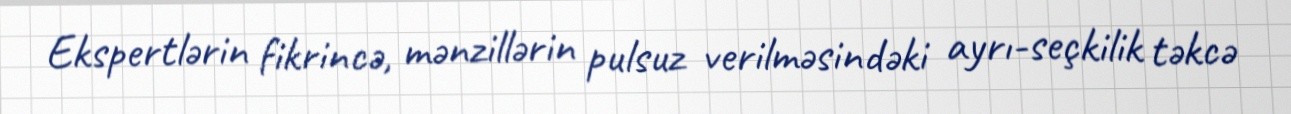
Ekspertlərin fikrincə, mənzillərin pulsuz verilməsindəki ayrı-seçkilik təkcə